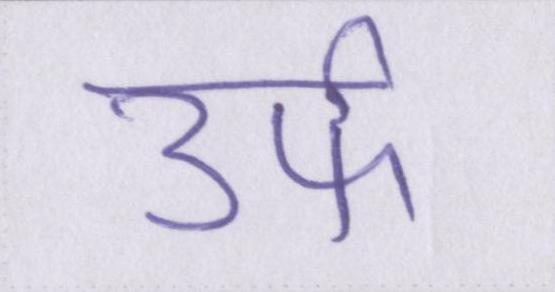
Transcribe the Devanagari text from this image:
उर्फ